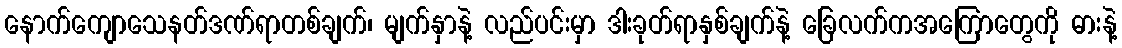
နောက်ကျောသေနတ်ဒဏ်ရာတစ်ချက်၊ မျက်နှာနဲ့ လည်ပင်းမှာ ဒါးခုတ်ရာနှစ်ချက်နဲ့ ခြေလက်ကအကြောတွေကို ဓားနဲ့